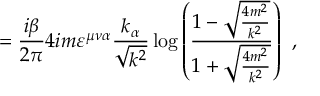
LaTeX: = \frac { i \beta } { 2 \pi } 4 i m \varepsilon ^ { \mu \nu \alpha } \frac { k _ { \alpha } } { \sqrt { k ^ { 2 } } } \log \left( \frac { 1 - \sqrt { \frac { 4 m ^ { 2 } } { k ^ { 2 } } } } { 1 + \sqrt { \frac { 4 m ^ { 2 } } { k ^ { 2 } } } } \right) \, \, ,